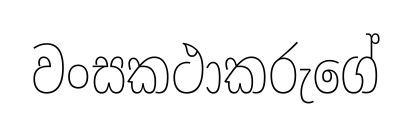
වංසකථාකරුගේ